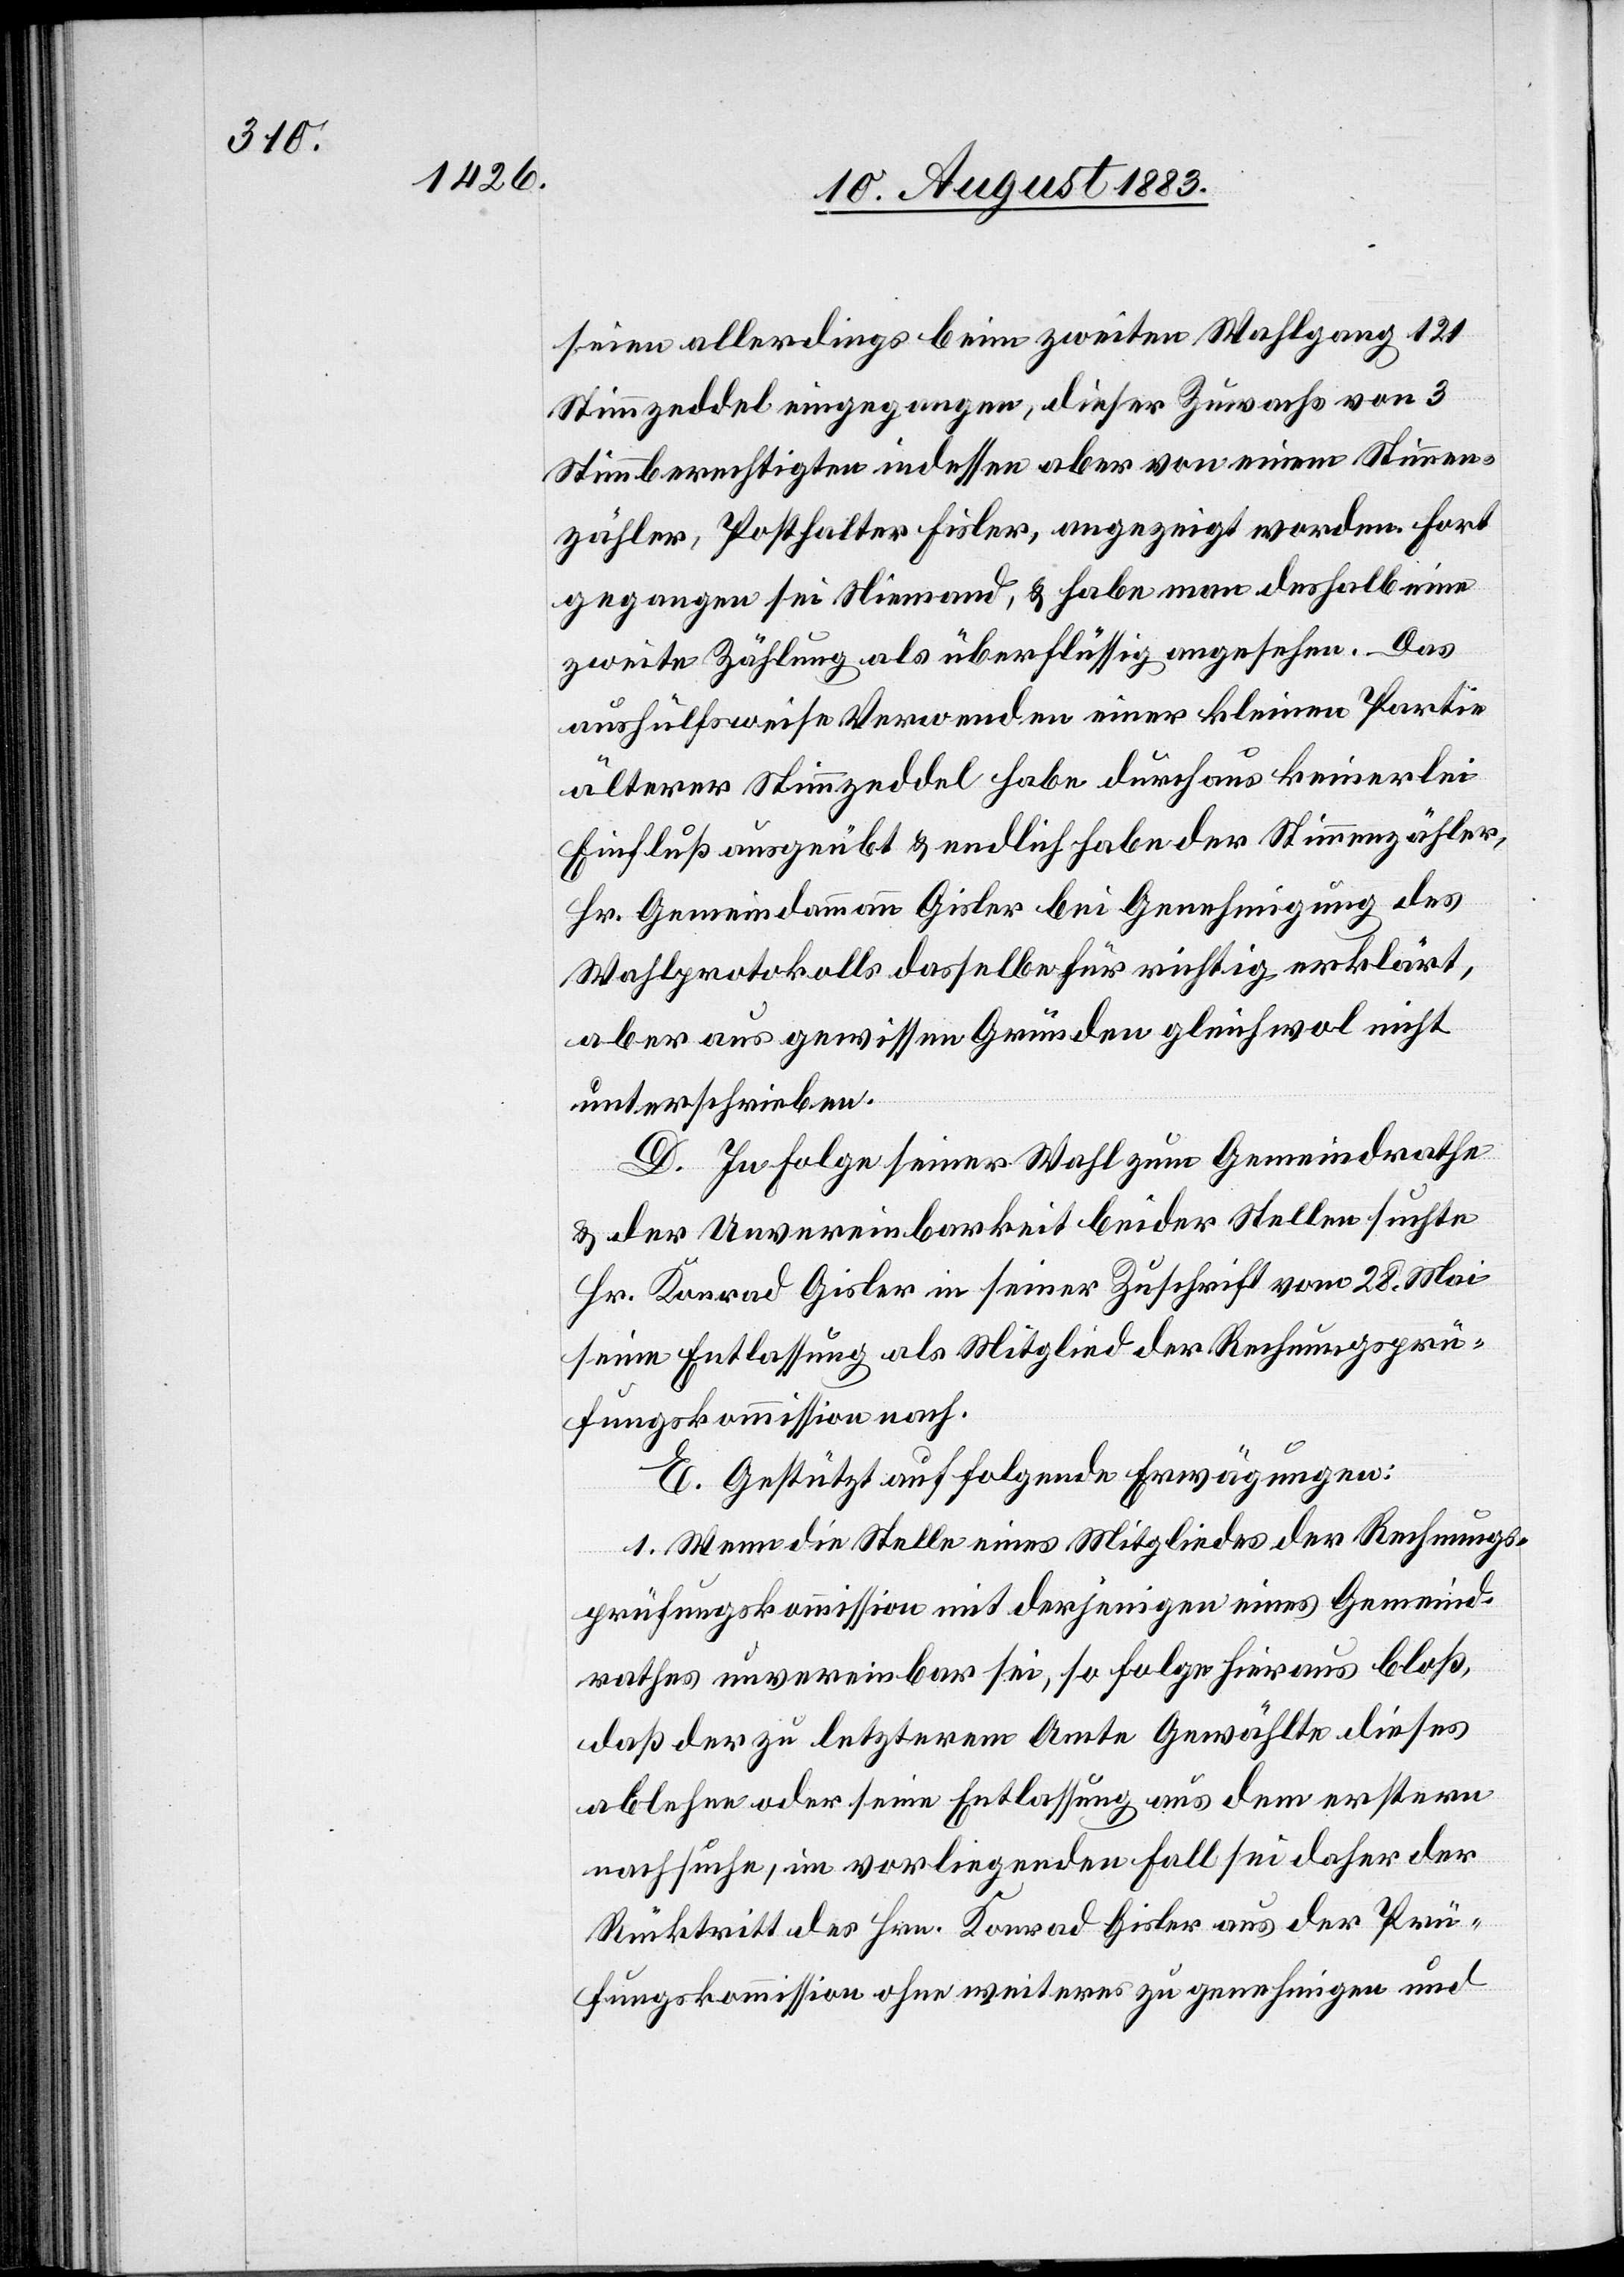
seien allerdings beim zweiten Wahlgang 121
Stimmzeddel eingegangen, dieser Zuwachs von 3
Stimmberechtigten indessen aber von einem Stimmen¬
zähler, Posthalter Fisler, angezeigt worden. Fort
gegangen sei Niemand, & habe man deshalb eine
zweite Zählung als überflüssig angesehen. Das
aushülfsweise Verwenden einer kleinen Partie
älterer Stimmzeddel habe durchaus keinerlei
Einfluß ausgeübt & endlich habe der Stimmenzähler,
Hr. Gemeindammann Gisler bei Genehmigung des
Wahlprotokolls dasselbe für richtig erklärt,
aber aus gewissen Gründen gleichwol nicht
unterschrieben.
D. In Folge seiner Wahl zum Gemeindrathe
& der Unvereinbarkeit beider Stellen suchte
Hr. Konrad Gisler in seiner Zuschrift vom 28. Mai
seine Entlassung als Mitglied der Rechnungsprü¬
fungskommission nach.
E. Gestützt auf folgende Erwägungen:
1. Wenn die Stelle eines Mitgliedes der Rechnungs¬
prüfungskommission mit derjenigen eines Gemeind¬
rathes unvereinbar sei, so folge hieraus bloß,
daß der zu letzterm Amte Gewählte diese
ablehne oder seine Entlassung aus dem erstern
nachsuche, im vorliegenden Fall sei daher der
Rücktritt des Hrn. Konrad Gisler aus der Prü¬
fungskommission ohne weiteres zu genehmigen und